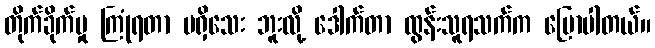
တိုက်ခိုက်မှု ကြုံရတာ မရှိသေး ဘူးလို့ ဒေါက်တာ ထွန်းသူရသက်က ပြောပါတယ်။